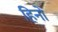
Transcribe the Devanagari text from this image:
हिनो